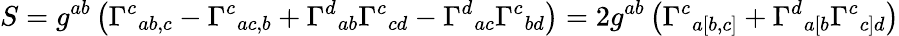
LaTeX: S=g^{ab}\left({\Gamma^{c}}_{ab,c}-{\Gamma^{c}}_{ac,b}+{\Gamma^{d}}_{ab}{\Gamma^{c}}_{cd}-{\Gamma^{d}}_{ac}{\Gamma^{c}}_{bd}\right)=2g^{ab}\left({\Gamma^{c}}_{a[b,c]}+{\Gamma^{d}}_{a[b}{\Gamma^{c}}_{c]d}\right)